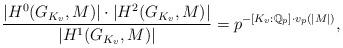
LaTeX: \begin{align*}\frac{|H^0(G_{K_v},M)| \cdot |H^2(G_{K_v},M)|}{|H^1(G_{K_v},M)|}=p^{-[K_v:\mathbb{Q}_p] \cdot v_p(|M|)},\end{align*}